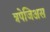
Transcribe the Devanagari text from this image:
त्रपेजिअस